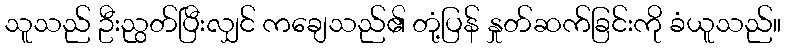
သူသည် ဦးညွတ်ပြီးလျှင် ကချေသည်၏ တုံ့ပြန် နှုတ်ဆက်ခြင်းကို ခံယူသည်။